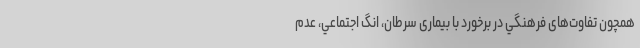
همچون تفاوت‌های فرهنگي در برخورد با بیماری سرطان، انگ اجتماعي، عدم